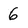
Character: 6